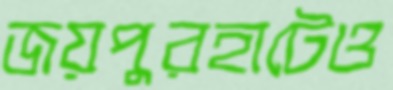
জয়পুরহাটেও